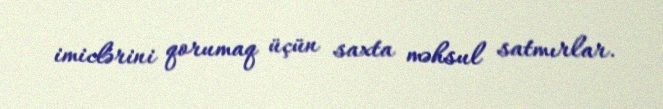
imiclərini qorumaq üçün saxta məhsul satmırlar.